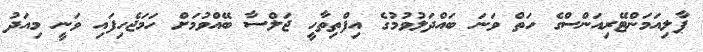
ޕާލިއަމަންޓޭރިއަންސްގެ ހަތް ވަނަ ބައްދަލުވުމުގެ އިފްތިތާހީ ޖަލްސާ ބޭއްވުމަށް ހަމަޖެހިފައި ވަނީ މިއަދު